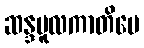
ဆန္ဒမူလကာတိပေ